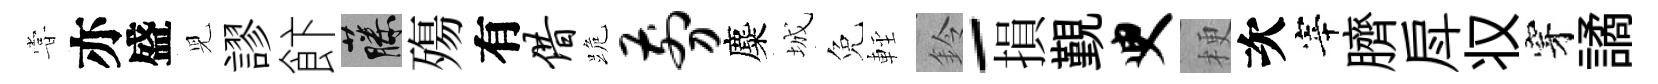
甞亦盛児謬飰藤殤有借跪剪麋城免䡖鈴-損覲臾梗次宰臍戽𠬧穿譎